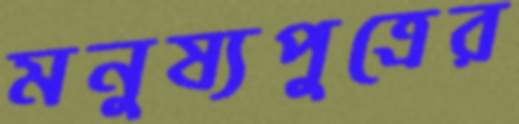
মনুষ্যপুত্রের